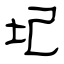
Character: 圮